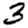
Digit: 3